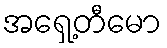
အရှေ့တီမော